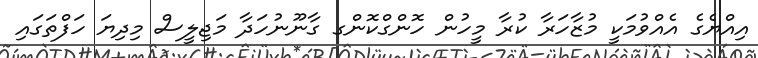
އިއްޔެގެ އެއްވުމަކީ މުޒާހަރާ ކުރާ މީހުން ހޮންގްކޮންގ ގާނޫނުހަދާ މަޖިލީސް މިދިޔަ ހަފްތަގައި